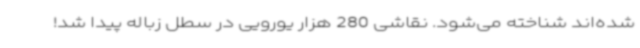
شده‌اند شناخته می‌شود. نقاشی 280 هزار یورویی در سطل زباله پیدا شد!